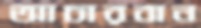
আচারবান